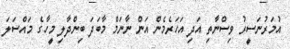
އުމަރުނަސީރު ވިސްނާތި އަދި އަހަރެމެން އަން ނާނަމް މާބަދަ ބިންދާލި މީހާގެ މައްސަލަ